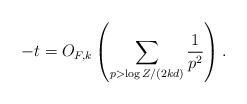
LaTeX: \begin{align*} -t = O_{F,k} \left(\sum_{p > \log Z/(2kd)} \frac{1}{p^2} \right). \end{align*}